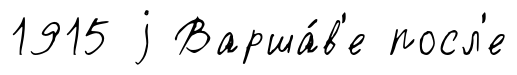
1915 j Варша́в'е посл'е